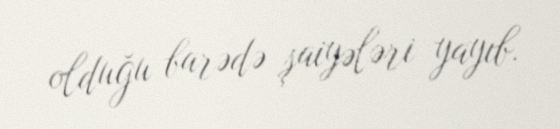
olduğu barədə şaiyələri yayıb.